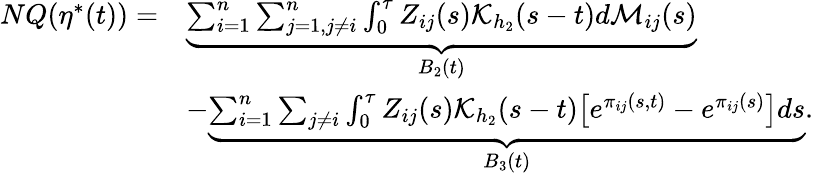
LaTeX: \begin{array}{rl}{NQ(\eta^{*}(t))=}&{\underbrace{\sum_{i=1}^{n}\sum_{j=1,j\neq i}^{n}\int_{0}^{\tau}Z_{ij}(s)\mathcal{K}_{h_{2}}(s-t)d\mathcal{M}_{ij}(s)}_{B_{2}(t)}}\\ &{-\underbrace{\sum_{i=1}^{n}\sum_{j\neq i}\int_{0}^{\tau}Z_{ij}(s)\mathcal{K}_{h_{2}}(s-t)\big[e^{\pi_{ij}(s,t)}-e^{\pi_{ij}(s)}\big]ds}_{B_{3}(t)}.}\end{array}